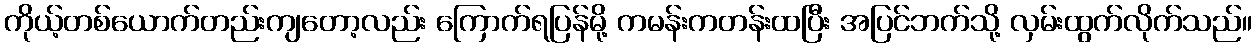
ကိုယ့်တစ်ယောက်တည်းကျတော့လည်း ကြောက်ရပြန်မို့ ကမန်းကတန်းထပြီး အပြင်ဘက်သို့ လှမ်းထွက်လိုက်သည်။